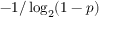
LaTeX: - 1 / \log _ { 2 } ( 1 - p )